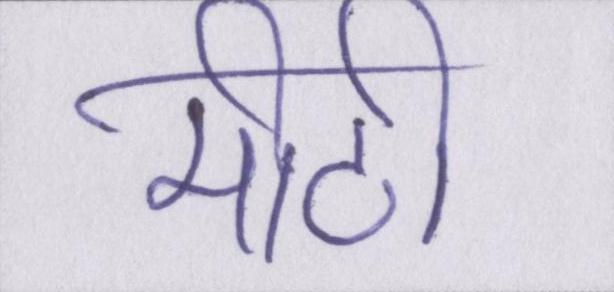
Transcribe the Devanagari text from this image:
मीठी